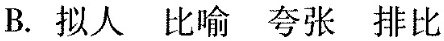
B.拟人 比喻 夸张 排比